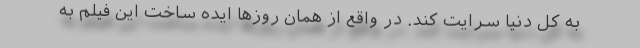
به کل دنیا سرایت کند. در واقع از همان روزها ایده ساخت این فیلم به